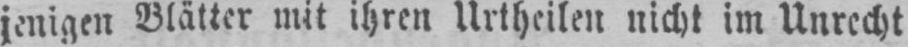
jenigen Blätter mit ihren Urtheilen nicht im Unrecht